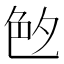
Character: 𦫓